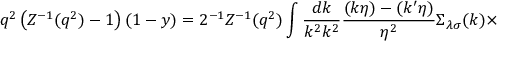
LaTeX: q ^ { 2 } \left( Z ^ { - 1 } ( q ^ { 2 } ) - 1 \right) ( 1 - y ) = 2 ^ { - 1 } Z ^ { - 1 } ( q ^ { 2 } ) \int \frac { d k } { k ^ { 2 } k ^ { 2 } } \frac { ( k \eta ) - ( k ^ { \prime } \eta ) } { \eta ^ { 2 } } \Sigma _ { \lambda \sigma } ( k ) \times